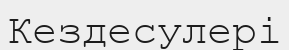
Кездесулері